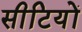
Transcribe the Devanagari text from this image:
सीटियों